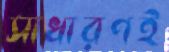
সাধারণই